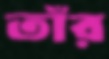
তাঁর